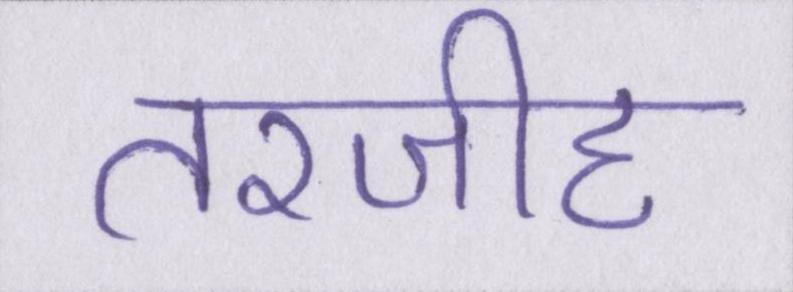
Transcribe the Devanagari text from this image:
तरजीह